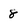
Character: 8